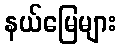
နယ်မြေများ